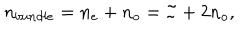
LaTeX: n _ { b u n d l e } = n _ { e } + n _ { o } = { \cal I } + 2 n _ { o } ,